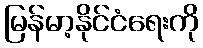
မြန်မာ့နိုင်ငံရေးကို